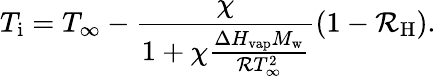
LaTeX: T_{\mathrm{i}}=T_{\infty}-\frac{\chi}{1+\chi\frac{\Delta H_{\mathrm{vap}}M_{\mathrm{w}}}{\mathcal{R}T_{\infty}^{2}}}\left(1-\mathcal{R}_{\mathrm{H}}\right).